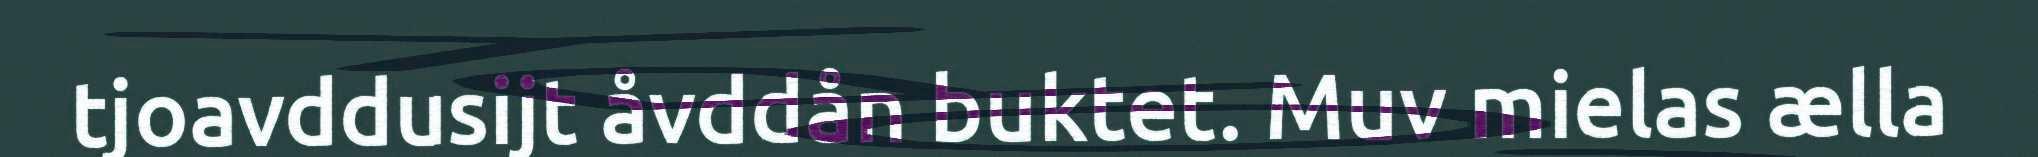
tjoavddusijt åvddån buktet. Muv mielas ælla